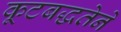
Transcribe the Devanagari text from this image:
कूटबद्धतेने